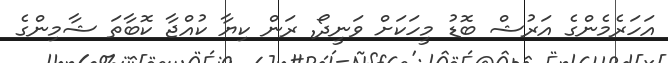
އަހަރެމެންގެ އަރުޝް ބޮޑު މީހަކަށް ވަނީދޯ